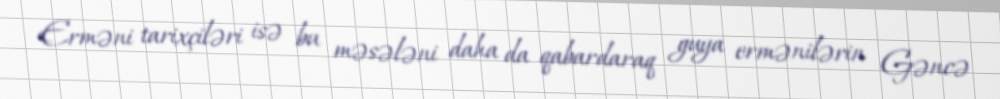
Erməni tarixçiləri isə bu məsələni daha da qabardaraq guya ermənilərin Gəncə